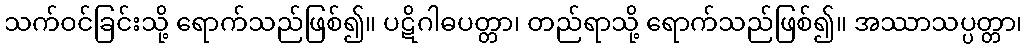
သက်ဝင်ခြင်းသို့ ရောက်သည်ဖြစ်၍။ ပဋိဂါဓပတ္တာ၊ တည်ရာသို့ ရောက်သည်ဖြစ်၍။ အဿာသပ္ပတ္တာ၊